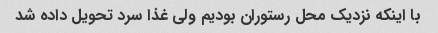
با اینکه نزدیک محل رستوران بودیم ولی غذا سرد تحویل داده شد